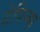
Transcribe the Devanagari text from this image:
टेपिज्म